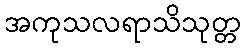
အကုသလရာသိသုတ္တ